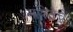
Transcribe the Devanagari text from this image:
संहितेचें